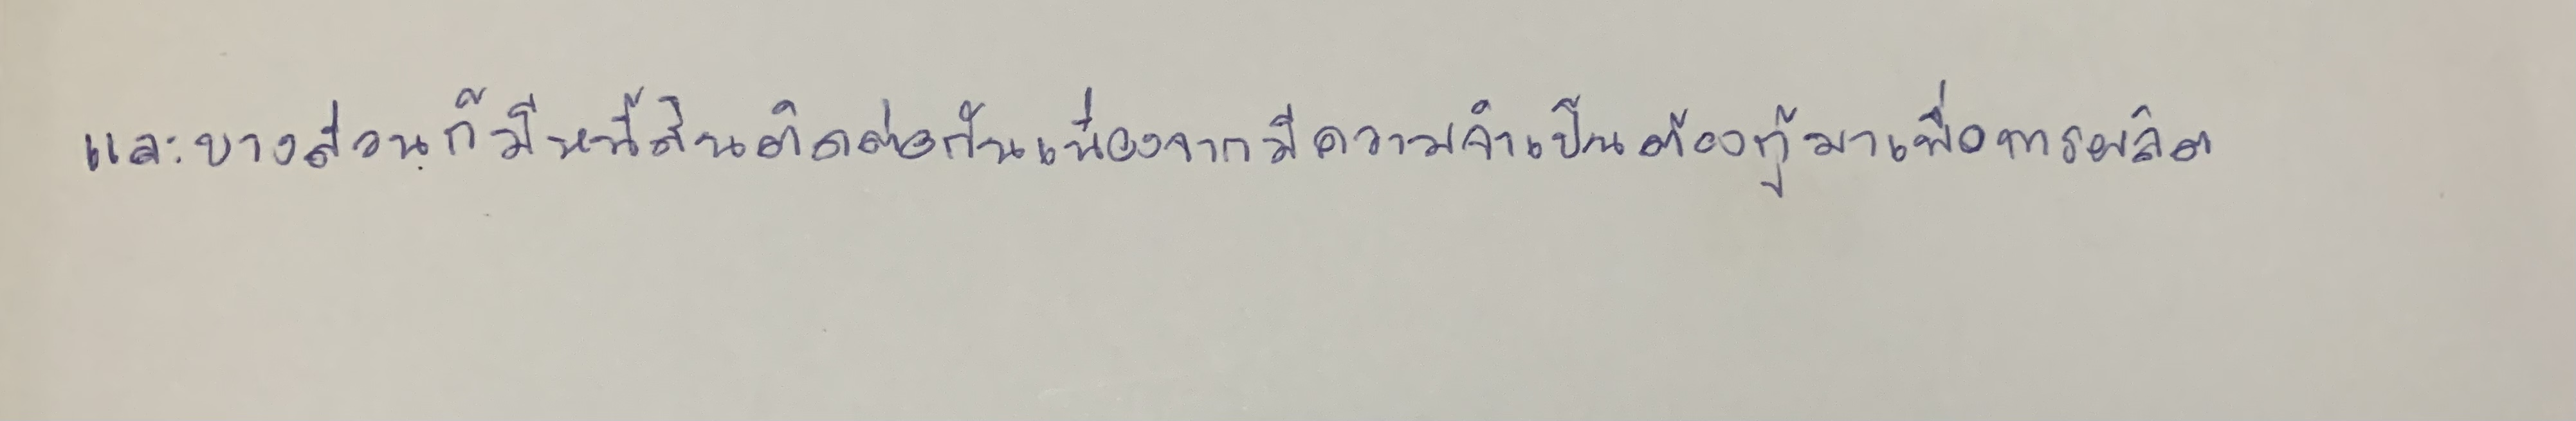
และบางส่วนก็มีหนี้สินติดต่อกันเนื่องจากมีความจำเป็นต้องกู้มาเพื่อการผลิต